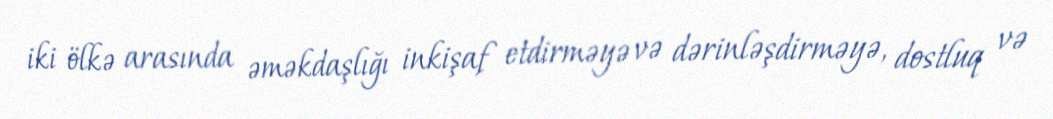
iki ölkə arasında əməkdaşlığı inkişaf etdirməyə və dərinləşdirməyə, dostluq və